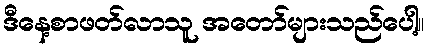
ဒီနေ့စာဖတ်လာသူ အတော်များသည်ပေါ့။